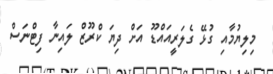
މިލިޔުމާއި ގުޅޭ ގެލަރީއަައްޑޫ އަށް ދިޔަ ކްރޫޒް ލައިނާ ފިޓްނަސް